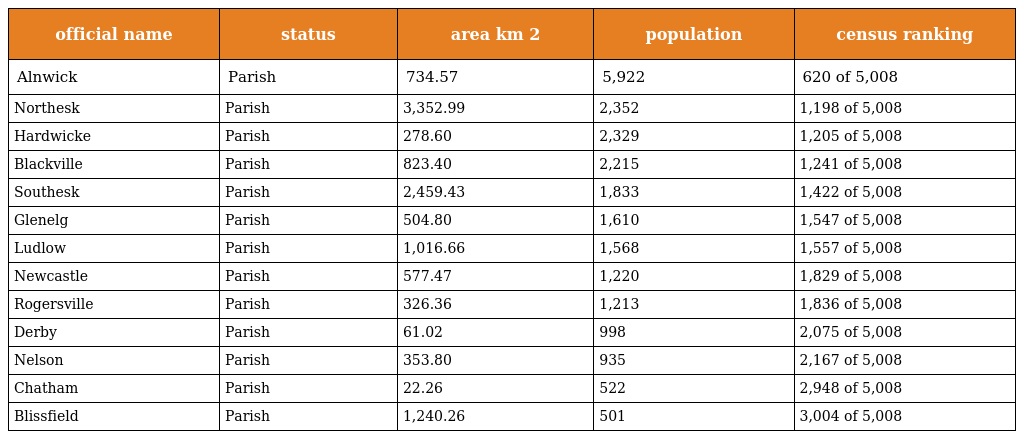
| official name | status | area km 2 | population | census ranking |
 | --- | --- | --- | --- | --- |
 | Alnwick | Parish | 734.57 | 5,922 | 620 of 5,008 |
 | Northesk | Parish | 3,352.99 | 2,352 | 1,198 of 5,008 |
 | Hardwicke | Parish | 278.60 | 2,329 | 1,205 of 5,008 |
 | Blackville | Parish | 823.40 | 2,215 | 1,241 of 5,008 |
 | Southesk | Parish | 2,459.43 | 1,833 | 1,422 of 5,008 |
 | Glenelg | Parish | 504.80 | 1,610 | 1,547 of 5,008 |
 | Ludlow | Parish | 1,016.66 | 1,568 | 1,557 of 5,008 |
 | Newcastle | Parish | 577.47 | 1,220 | 1,829 of 5,008 |
 | Rogersville | Parish | 326.36 | 1,213 | 1,836 of 5,008 |
 | Derby | Parish | 61.02 | 998 | 2,075 of 5,008 |
 | Nelson | Parish | 353.80 | 935 | 2,167 of 5,008 |
 | Chatham | Parish | 22.26 | 522 | 2,948 of 5,008 |
 | Blissfield | Parish | 1,240.26 | 501 | 3,004 of 5,008 |